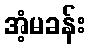
အံ့မခန်း